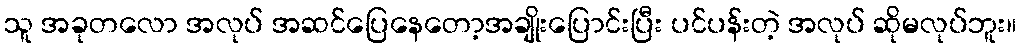
သူ အခုတလော အလုပ် အဆင်ပြေနေတော့အချိုးပြောင်းပြီး ပင်ပန်းတဲ့ အလုပ် ဆိုမလုပ်ဘူး။